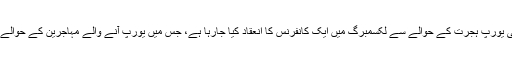
خیال رہے کہ شام کے مہاجرین کی یورپ ہجرت کے حوالے سے لکسمبرگ میں ایک کانفرنس کا انعقاد کیا جارہا ہے، جس میں یورپ آنے والے مہاجرین کے حوالے سے لائحہ عمل طے کیا جائے گا۔